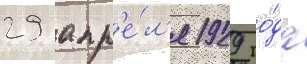
29 апр'е́л'я 1929 го́да